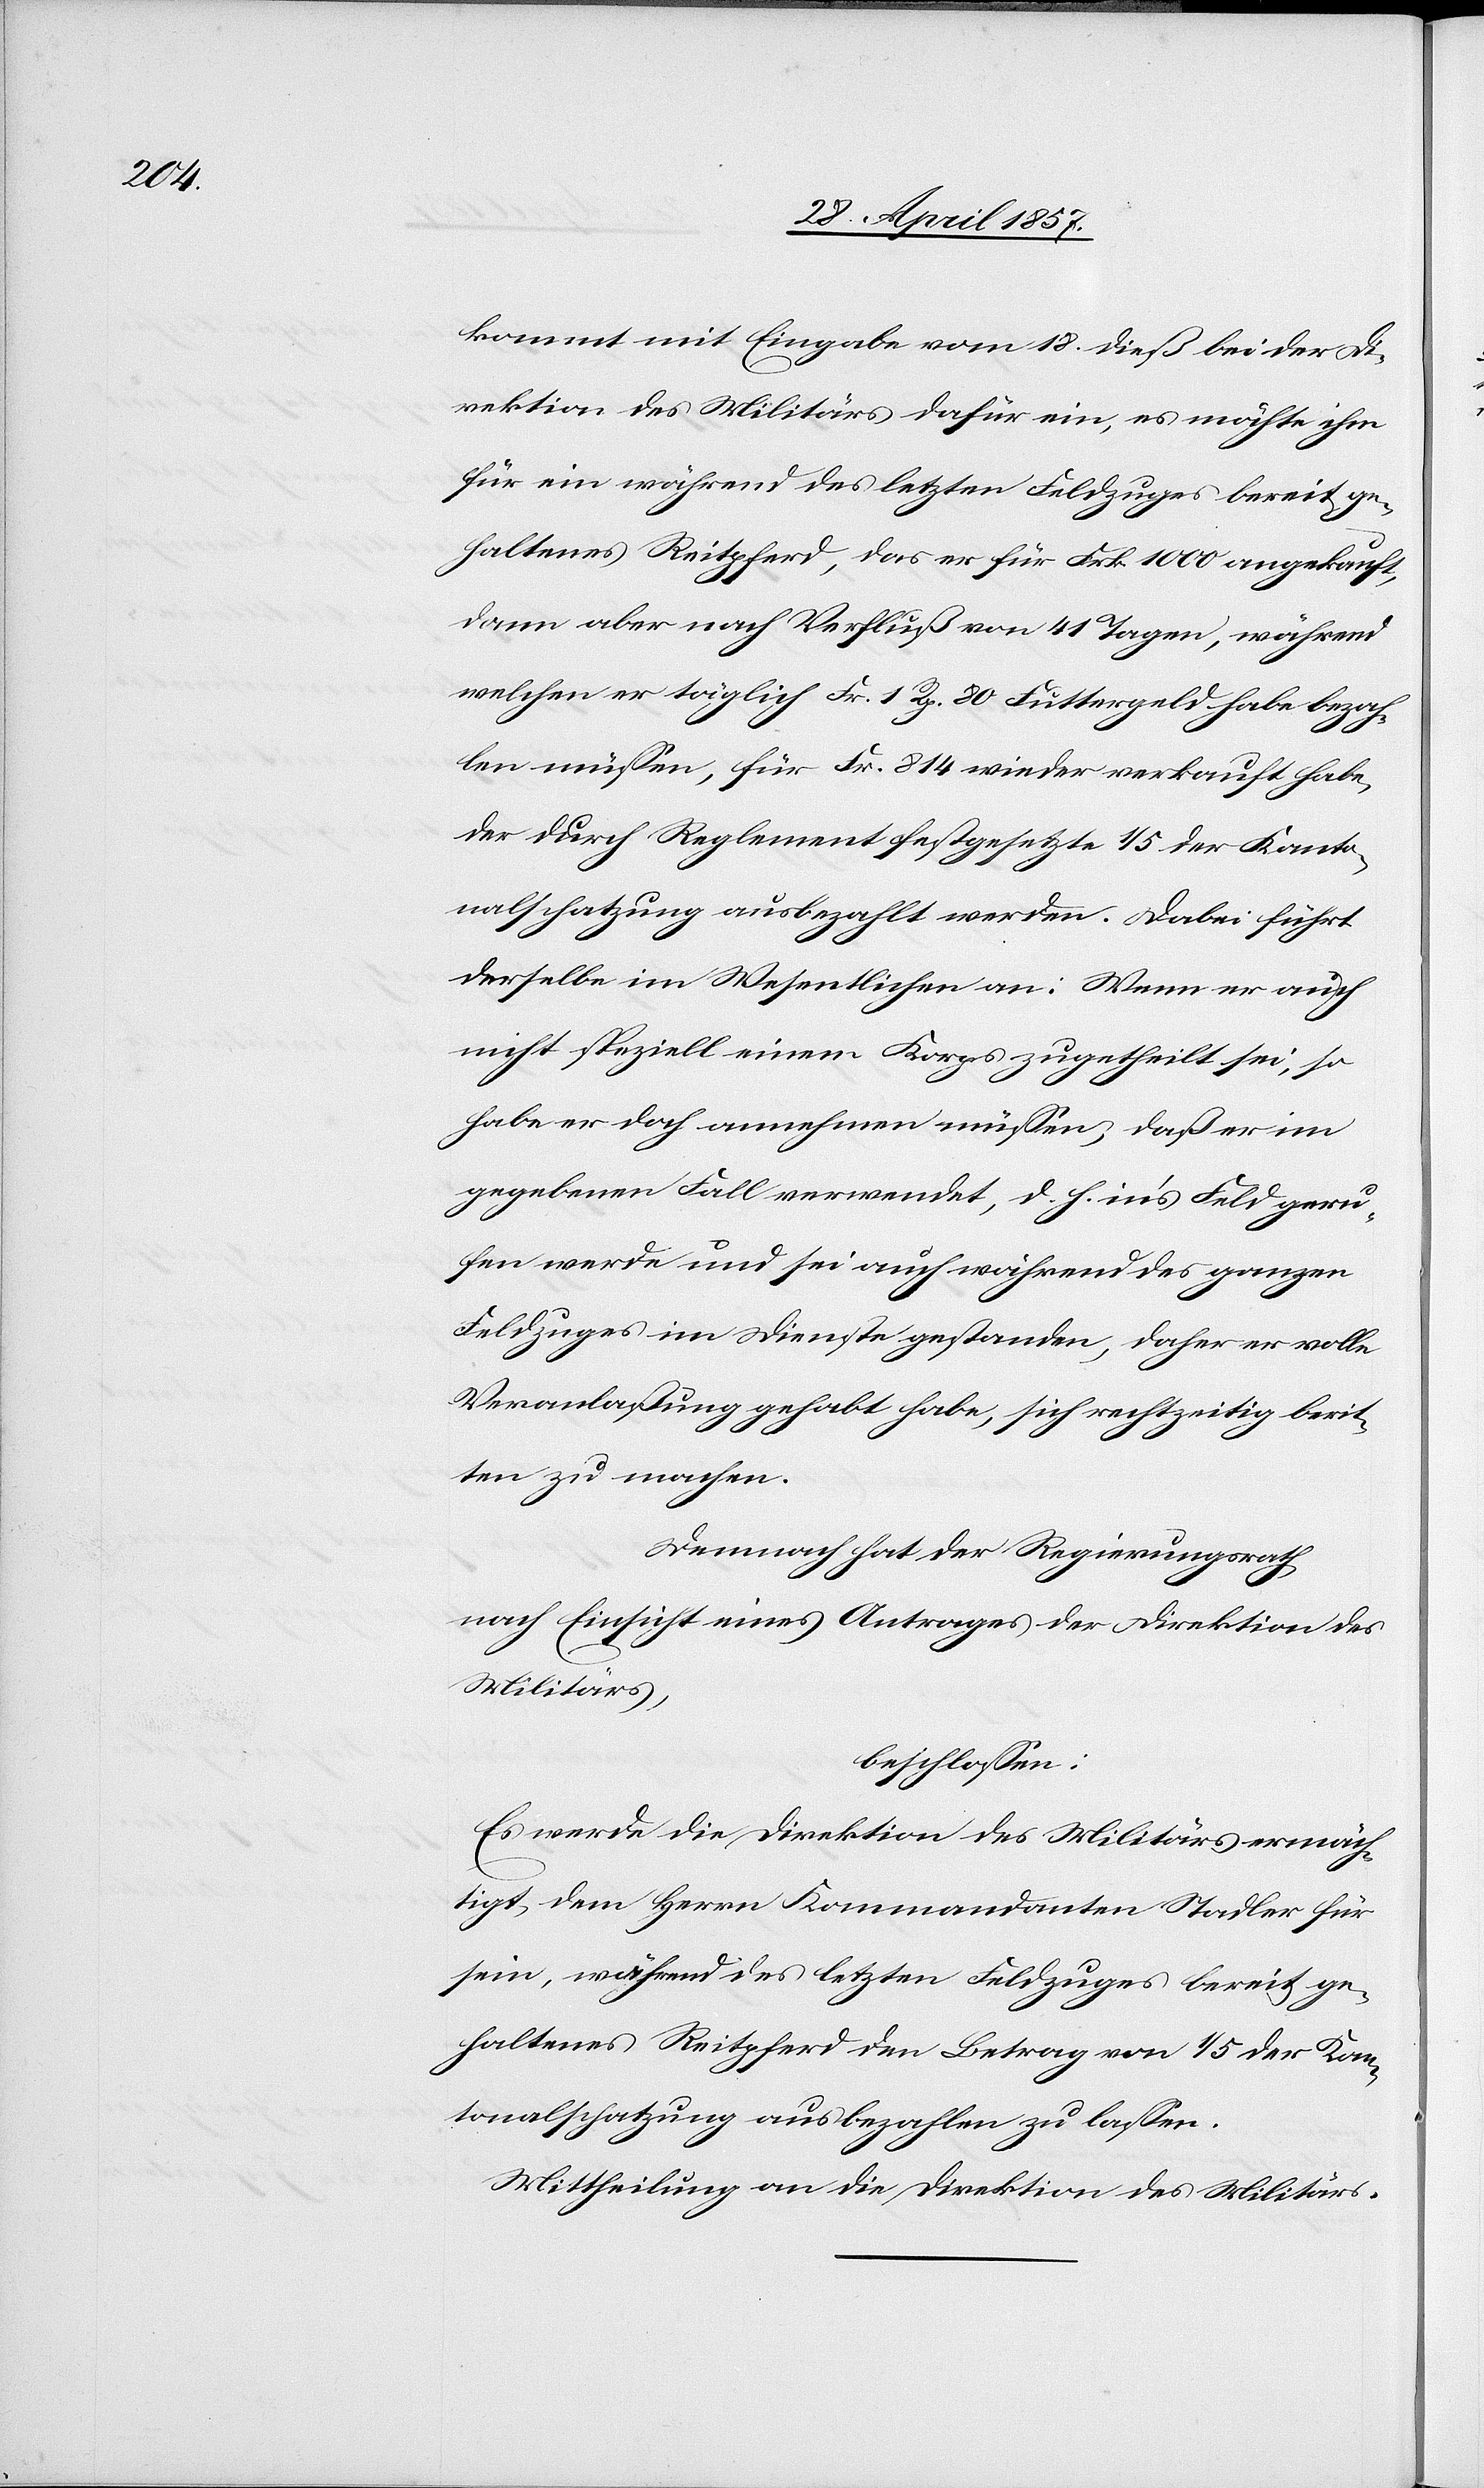
kommt mit Eingabe vom 18 dieß bei der Di¬
rektion des Militärs dafür ein, es möchte ihm
für ein während des letzten Feldzuges bereit ge¬
haltenes Reitpferd, das er für Frk. 1000 angekauft,
dann aber nach Verfluß von 41 Tagen, während
welchen er täglich Fr 1 Rp. 80 Futtergeld habe bezah¬
len müßen, für Fr. 814 wieder verkauft habe,
der durch Reglement festgesetzte 1/5 der Kanto¬
nalschatzung ausbezahlt werden. Dabei führt
derselbe im Wesentlichen an: Wenn er auch
nicht speziell einem Korps zugetheilt sei, so
habe er doch annehmen müßen, daß er im
gegebenen Fall verwendet, d. h. in’s Feld geru¬
fen werde und sei auch während des ganzen
Feldzuges im Dienste gestanden, daher er volle
Veranlaßung gehabt habe, sich rechtzeitig berit¬
ten zu machen.
Demnach hat der Regierungsrath,
nach Einsicht eines Antrages der Direktion des
Militärs,
beschloßen:
Es werde die Direktion des Militärs ermäch¬
tigt, dem Herrn Kommandanten Stadler für
sein, während des letzten Feldzuges bereit ge¬
haltenes Reitpferd den Betrag von 1/5 der Kan¬
tonalschatzung ausbezahlen zu laßen.
Mittheilung an die Direktion des Militärs.